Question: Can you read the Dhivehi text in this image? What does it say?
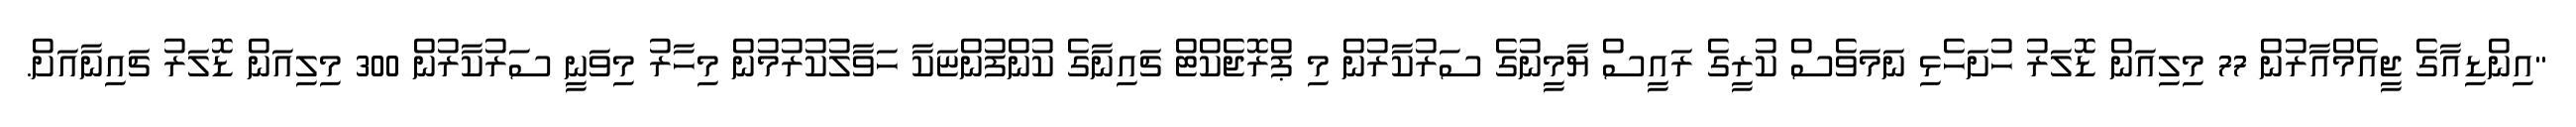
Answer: "އިންޑިއާގެ ޖީއެމްއާރުން 77 މިލިއަން ޑޮލަރު ހުށަހެޅި ނަމަވެސް ކުރީގެ ރައީސް ޔާމީނުގެ ސަރުކާރުން މި ޕްރޮޖެކްޓް ޗައިނާގެ ކުންފުންޏަކާ ހަވާލުކުރުމުން މިހާރު މިވަނީ ސަރުކާރުން 300 މިލިއަން ޑޮލަރު ޗައިނާއަށް.